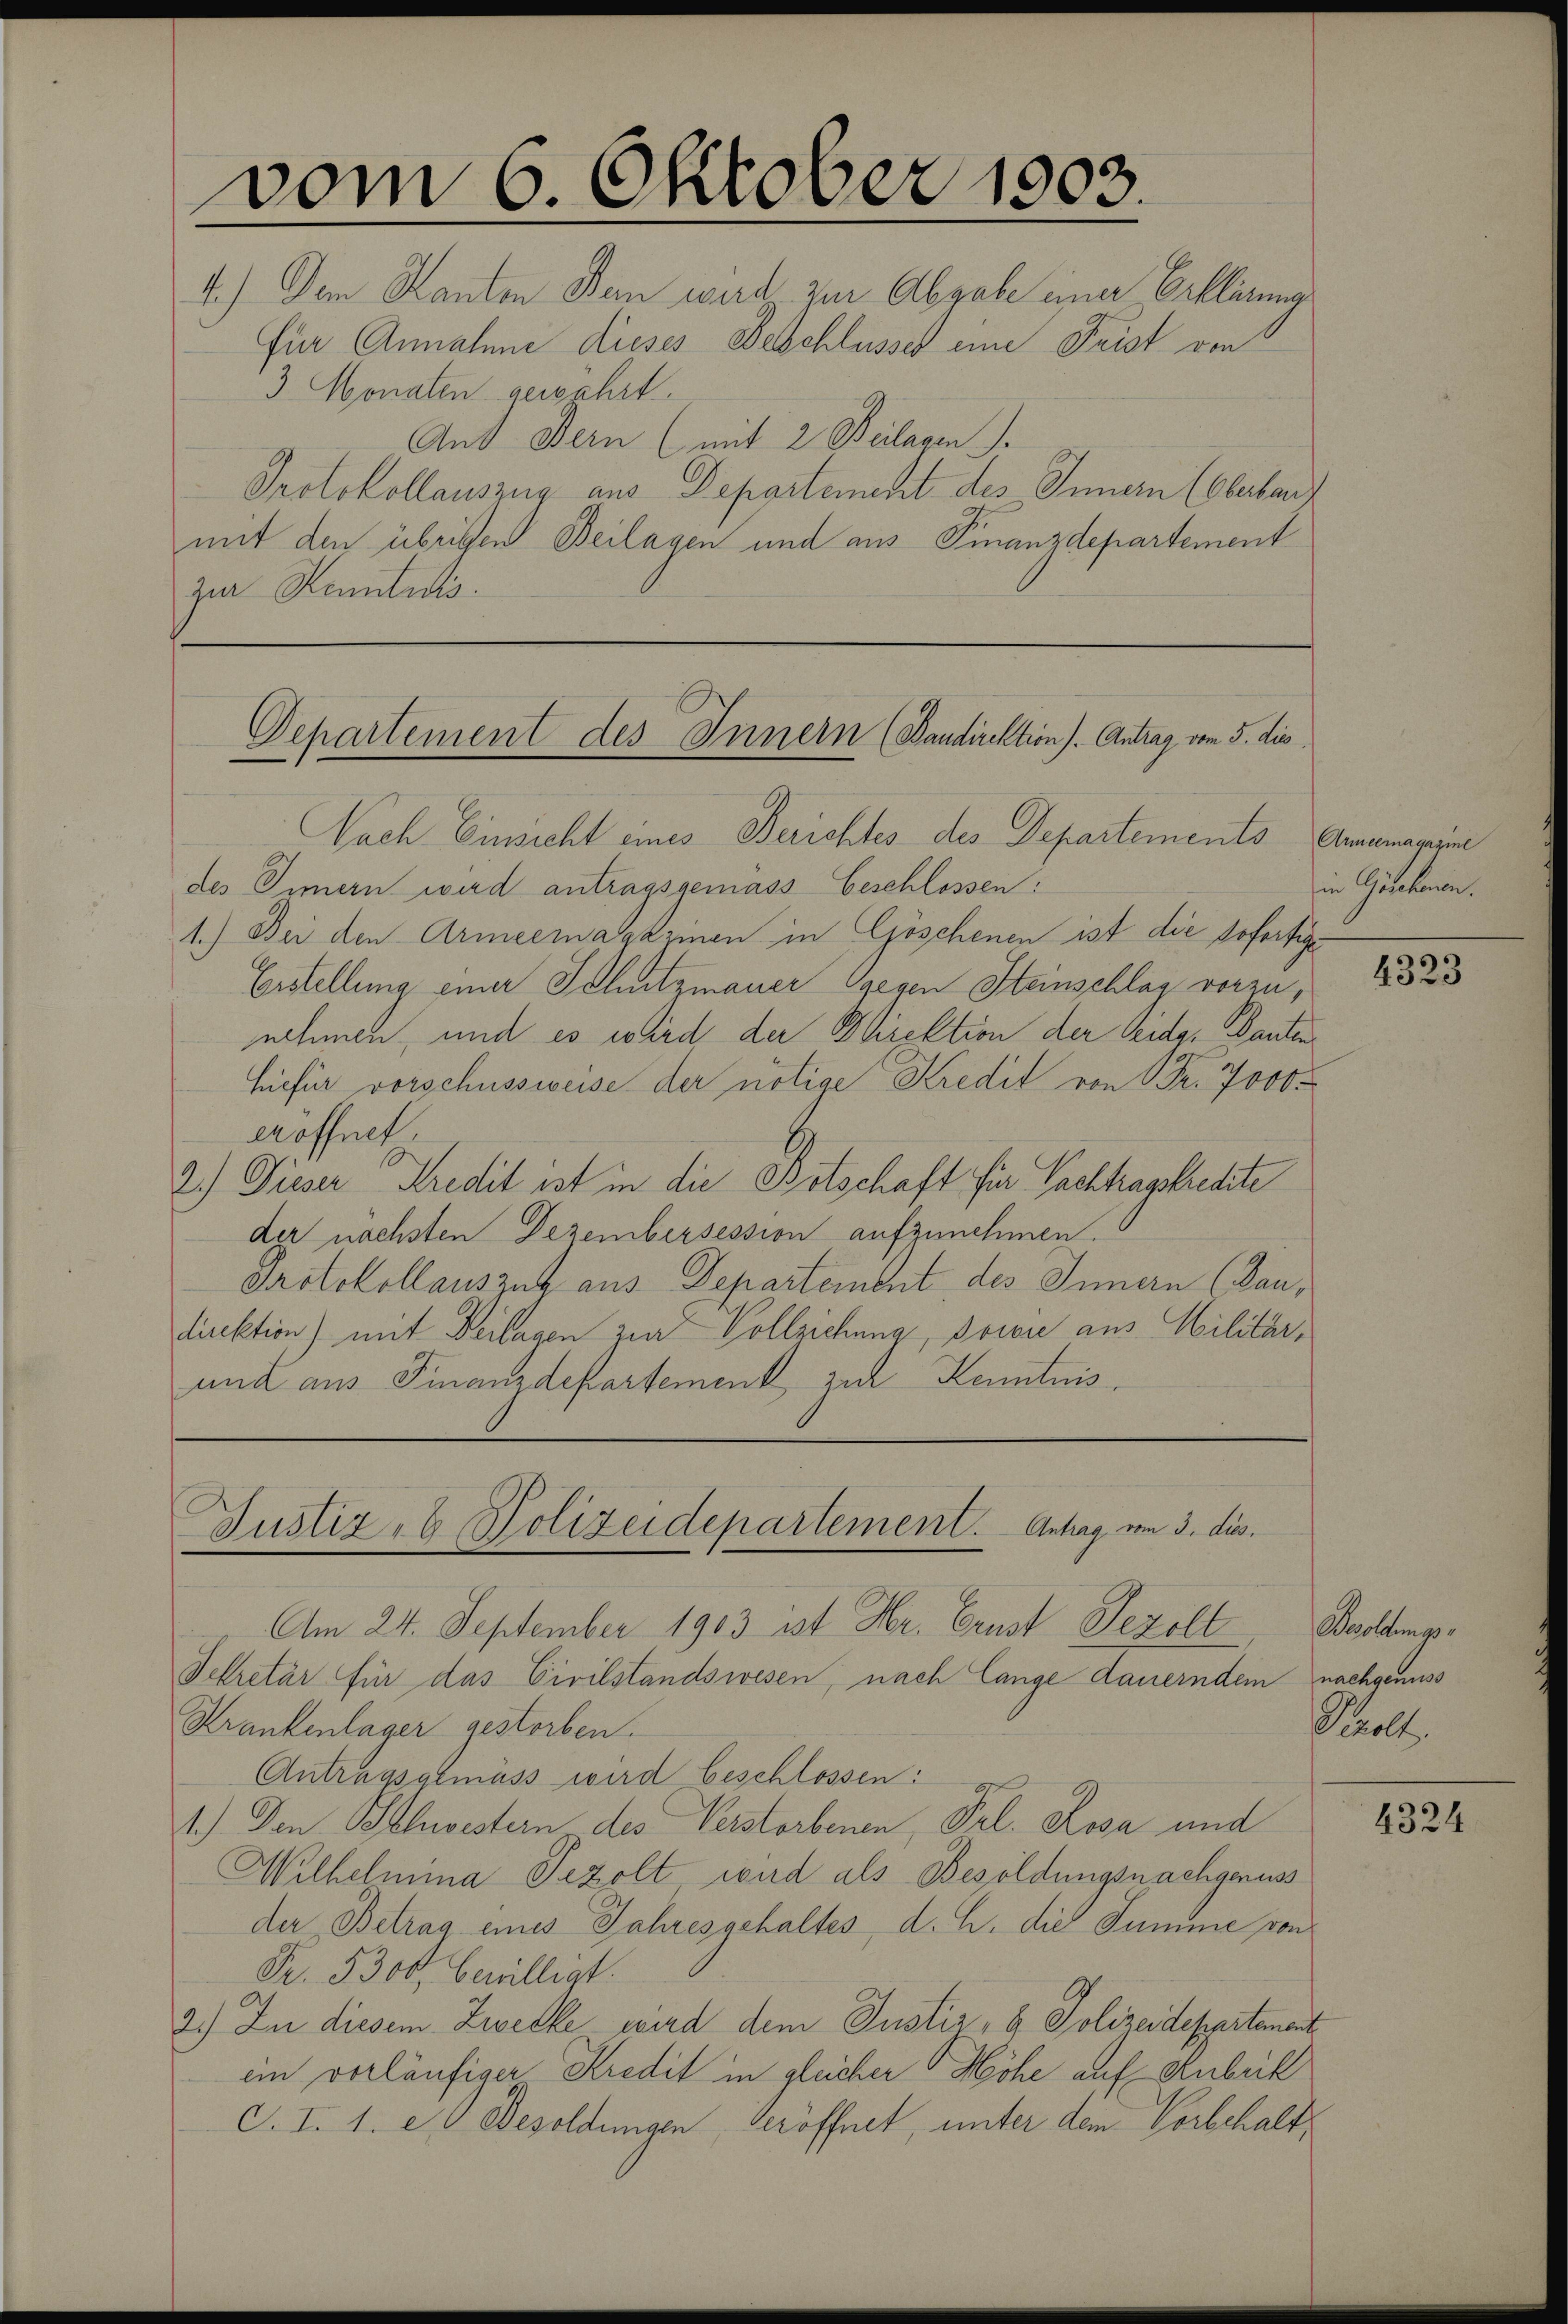
vom 6. Oktober 1903.

4.) Dem Kanton Bern wird zur Abgabe eine Erklärung
für Annahme dieses Beschlusser eine Frist von
3 Monaten gewahrt.
Aus Bern (mit 2 Beilagen.
Protokollauszug aus Departement des Innern (Oberbar
mit den übrigen Beilagen und aus Finanzdepartement
zur Kenntnis.

Departement des Innern (Bandirektion). Antrag vom 5. die

Nach Einsicht eines Berichtes des Departements Armamanisie
des Innern wird antragsgemäss Geschlossen:
1.) Bei den Armeemagazinen in Göschenen ist die sofortige
Erstellung einer Schutzmauer gegen Steinschlag vorzunehmen, und es wird der Direktion der Eidg. Danten
Hiefür vorschussweise der nötige Kredit von Fr. 7000
eröffnet
2.) Dieser Kredit ist in die Bitschaft für Pachtragskredite
der nächsten Dezembersession aufzunehmen.
Protokollauszug aus Departement des Innern (kandirektion) mit Beilagen zur Vollziehung, sowie aus Militär¬
und aus Finanzdepartement zur Kenntnis

Am 24. September 1903 ist Hr. Ernst Jezolt
Sekretär für das Civilstandswesen, nach Lange dauerndem nachgenuss
Krankenlager gestorben.
Antragsgemäss wird beschlossen:
1.) Den Schwestern des Verstorbenen, Frl. Rosa und
Wilhelmina Pezolt wird als Besoldungsnachgenuss
der Betrag eines Jahresgehaltes d. h. die Summe von
Fr. 5300, bewilligt.
2.) In diesem Zwecke wird dem Justiz- & Polizeidepartement
ein vorläufiger Kredit in gleicher Höhe auf Anbrik
C. I. 1. et Besoldungen Veröffnet unter dem Vorbehalt

Justiz- & Polizeidepartement. Antrag vom 3. dies

in Geschenen.

4323

Paolungs
Paolt.

4324